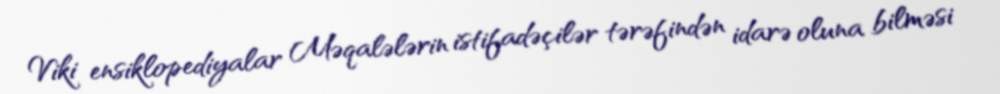
Viki ensiklopediyalar Məqalələrin istifadəçilər tərəfindən idarə oluna bilməsi